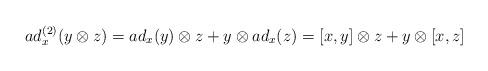
LaTeX: \begin{align*}ad_x^{(2)}(y\otimes z)=ad_x(y)\otimes z+y\otimes ad_x(z)=[x,y]\otimes z+y\otimes [x,z]\end{align*}